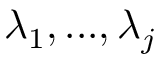
\lambda _ { 1 } , . . . , \lambda _ { j }